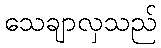
သေချာလှသည်